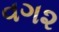
વગ૨